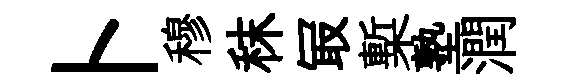
卜穆秣冣槧塾潤